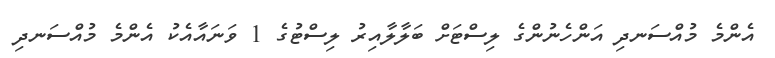
އެންމެ މުއްސަނދި އަންހެނުންގެ ލިސްޓަށް ބަލާލާއިރު ލިސްޓުގެ 1 ވަނައާއެކު އެންމެ މުއްސަނދި